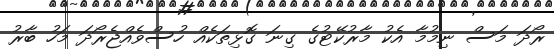
ރޯދަ މަސް ނިމުމާ އެކު މާރުކޭޓުގެ ގިނަ ގޮޅިތަކެއް ހުސްވެއްޖެރޯދަ މަހު ބާރު